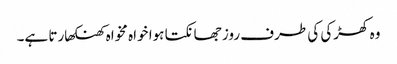
وہ کھڑکی کی طرف روز جھانکتا ہوا خواہ مخواہ کھنکھارتا ہے۔